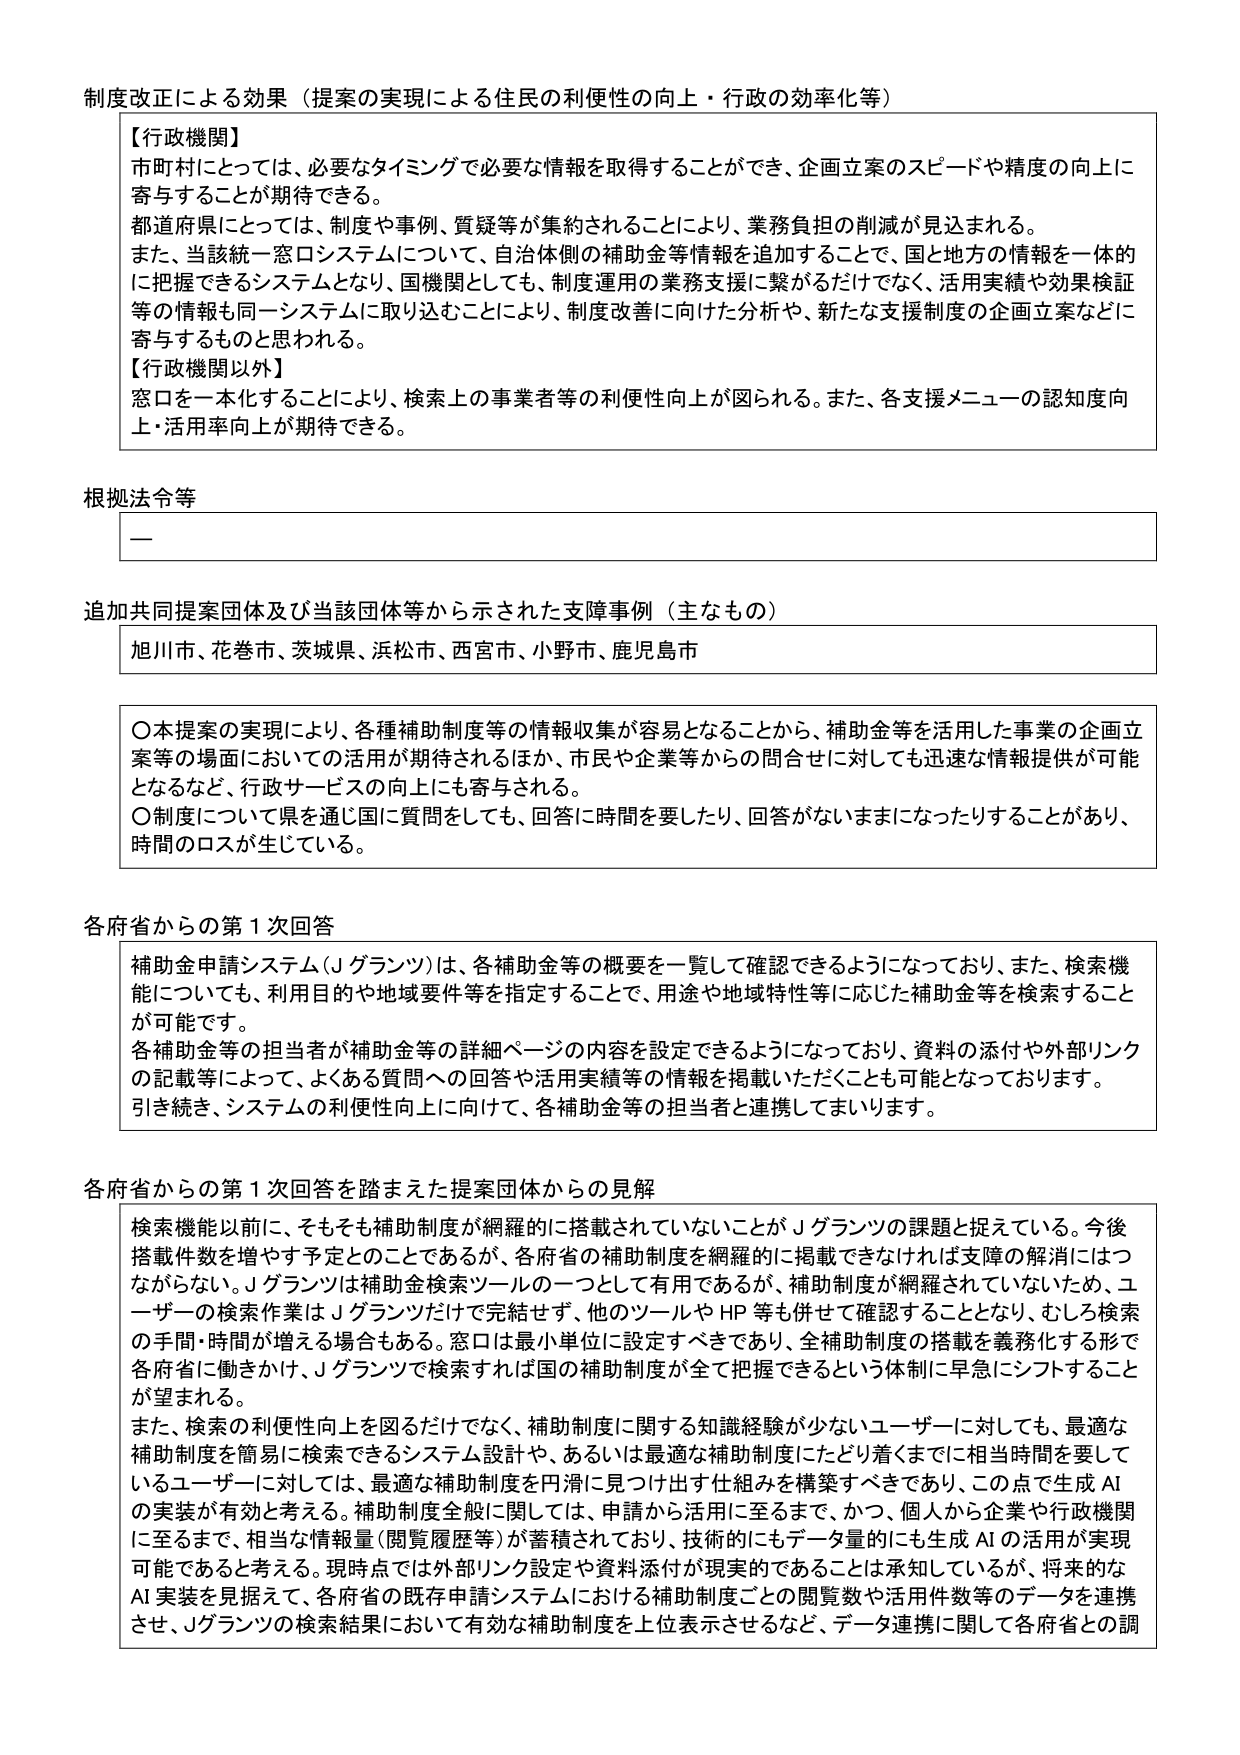
制度改正による効果（提案の実現による住民の利便性の向上・行政の効率化等）

【行政機関】
市町村にとっては、必要なタイミングで必要な情報を取得することができ、企画立案のスピードや精度の向上に寄与することが期待できる。
都道府県にとっては、制度や事例、質疑等が集約されることにより、業務負担の削減が見込まれる。
また、当該統一窓ロシステムについて、自治体側の補助金等情報を追加することで、国と地方の情報を一体的に把握できるシステムとなり、国機関としても、制度運用の業務支援に繋がるだけでなく、活用実績や効果検証等の情報も同一システムに取り込むことにより、制度改善に向けた分析や、新たな支援制度の企画立案などに寄与するものと思われる。

【行政機関以外】
窓口を一本化することにより、検索上の事業者等の利便性向上が図られる。また、各支援メニューの認知度向上・活用率向上が期待できる。

根拠法令等
—

追加共同提案団体及び当該団体等から示された支障事例（主なもの）
旭川市、花巻市、茨城県、浜松市、西宮市、小野市、鹿児島市

〇本提案の実現により、各種補助制度等の情報収集が容易となることから、補助金等を活用した事業の企画立案等の場面においての活用が期待されるほか、市民や企業等からの問合せに対しても迅速な情報提供が可能となるなど、行政サービスの向上にも寄与される。
〇制度について県を通じ国に質問をしても、回答に時間を要したり、回答がないままになったりすることがあり、時間のロスが生じている。

各府省からの第1次回答
補助金申請システム（Jグランツ）は、各補助金等の概要を一覧して確認できるようになっており、また、検索機能についても、利用目的や地域要件等を指定することで、用途や地域特性等に応じた補助金等を検索することが可能です。
各補助金等の担当者が補助金等の詳細ページの内容を設定できるようになっており、資料の添付や外部リンクの記載等によって、よくある質問への回答や活用実績等の情報を掲載いただくことも可能となっております。
引き続き、システムの利便性向上に向けて、各補助金等の担当者と連携してまいります。

各府省からの第1次回答を踏まえた提案団体からの見解
検索機能以前に、そもそも補助制度が網羅的に搭載されていないことがJグランツの課題と捉えている。今後搭載件数を増やす予定とのことであるが、各府省の補助制度を網羅的に掲載できなければ支障の解消にはつながらない。Jグランツは補助金検索ツールの一つとして有用であるが、補助制度が網羅されていないため、ユーザーの検索作業はJグランツだけで完結せず、他のツールやHP等も併せて確認することとなり、むしろ検索の手間・時間が増える場合もある。窓口は最小単位に設定すべきであり、全補助制度の搭載を義務化する形で各府省に働きかけ、Jグランツで検索すれば国の補助制度が全て把握できるという体制に早急にシフトすることが望まれる。
また、検索の利便性向上を図るだけでなく、補助制度に関する知識経験が少ないユーザーに対しても、最適な補助制度を簡易に検索できるシステム設計や、あるいは最適な補助制度にたどり着くまでに相当時間を要しているユーザーに対しては、最適な補助制度を円滑に見つけ出す仕組みを構築すべきであり、この点で生成AIの実装が有効と考える。補助制度全般に関しては、申請から活用に至るまで、かつ、個人から企業や行政機関に至るまで、相当な情報量（閲覧履歴等）が蓄積されており、技術的にもデータ量的にも生成AIの活用が実現可能であると考える。現時点では外部リンク設定や資料添付が現実的であることは承知しているが、将来的なAI実装を見据えて、各府省の既存申請システムにおける補助制度ごとの閲覧数や活用件数等のデータを連携させ、Jグランツの検索結果において有効な補助制度を上位表示させるなど、データ連携に関して各府省との調